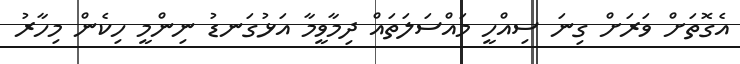
އެގޮތަށް ވަރަށް ގިނަ ސިއްހީ މައްސަލަތައް ދިމާވީމާ އަޅުގަނޑު ނިންމީ ހިކެން މިހާރު